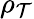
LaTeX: \rho_{\mathcal{T}}